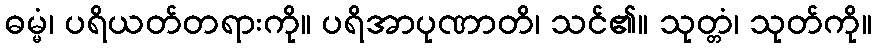
ဓမ္မံ၊ ပရိယတ်တရားကို။ ပရိအာပုဏာတိ၊ သင်၏။ သုတ္တံ၊ သုတ်ကို။